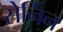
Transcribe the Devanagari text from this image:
सेर्निन